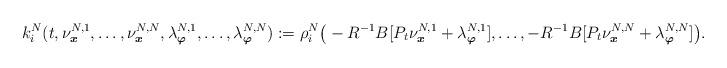
LaTeX: \begin{align*}k_i^N(t,\nu^{N,1}_{\boldsymbol{x}},\ldots,\nu^{N,N}_{\boldsymbol{x}},\lambda^{N,1}_{\boldsymbol{\varphi}},\ldots,\lambda^{N,N}_{\boldsymbol{\varphi}}):=\rho_i^N\big(-R^{-1}B[P_t\nu^{N,1}_{\boldsymbol{x}}+\lambda^{N,1}_{\boldsymbol{\varphi}}],\ldots,-R^{-1}B[P_t\nu^{N,N}_{\boldsymbol{x}}+\lambda^{N,N}_{\boldsymbol{\varphi}}]\big).\end{align*}